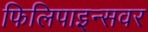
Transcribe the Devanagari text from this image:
फिलिपाइन्सवर